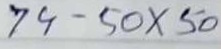
79 - 50 x 50